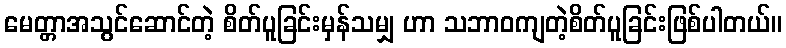
မေတ္တာအသွင်ဆောင်တဲ့ စိတ်ပူခြင်းမှန်သမျှ ဟာ သဘာဝကျတဲ့စိတ်ပူခြင်းဖြစ်ပါတယ်။